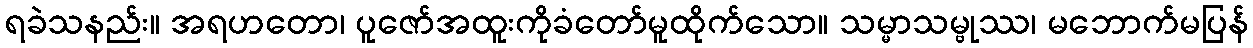
ရခဲသနည်း။ အရဟတော၊ ပူဇော်အထူးကိုခံတော်မူထိုက်သော။ သမ္မာသမ္ဗုဿ၊ မဘောက်မပြန်